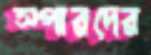
স্পারদের